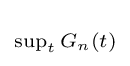
\scriptstyle \sup _{t}G_{n}(t)